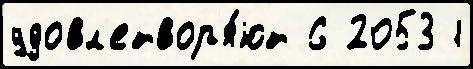
удовл'етвор'я́ют 6 2053 1